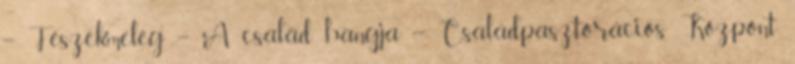
– Fészekmeleg – A család hangja – Családpasztorációs Központ